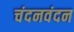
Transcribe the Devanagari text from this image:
चंदनवंदन